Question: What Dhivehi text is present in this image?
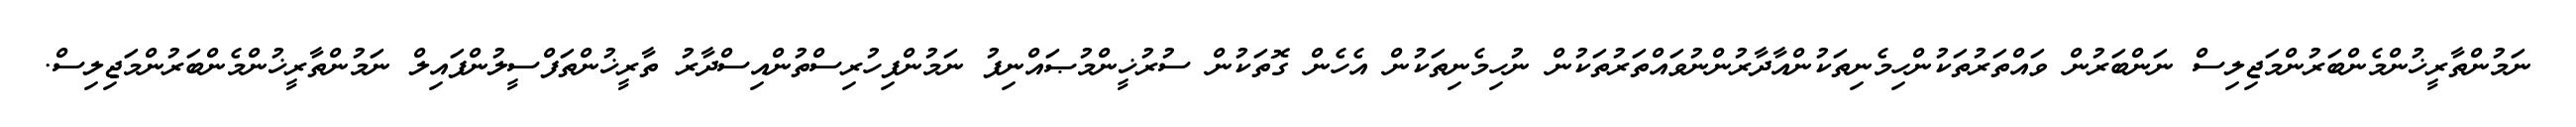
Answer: ނަމުންތާރީޚުންމެންބަރުންމަޖިލިސް ނަންބަރުން ވައްތަރުތަކުންހިމެނިތަކުންއާދާރުންނުވައްތަރުތަކުން ނުހިމެނިތަކުން އެހެން ގޮތަކުން ސުރުޚީންމުޞައްނިފު ނަމުންފިހުރިސްތުންއިސްދާރު ތާރީޚުންތަފްސީލުންފައިލް ނަމުންތާރީޚުންމެންބަރުންމަޖިލިސް.